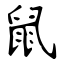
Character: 鼠